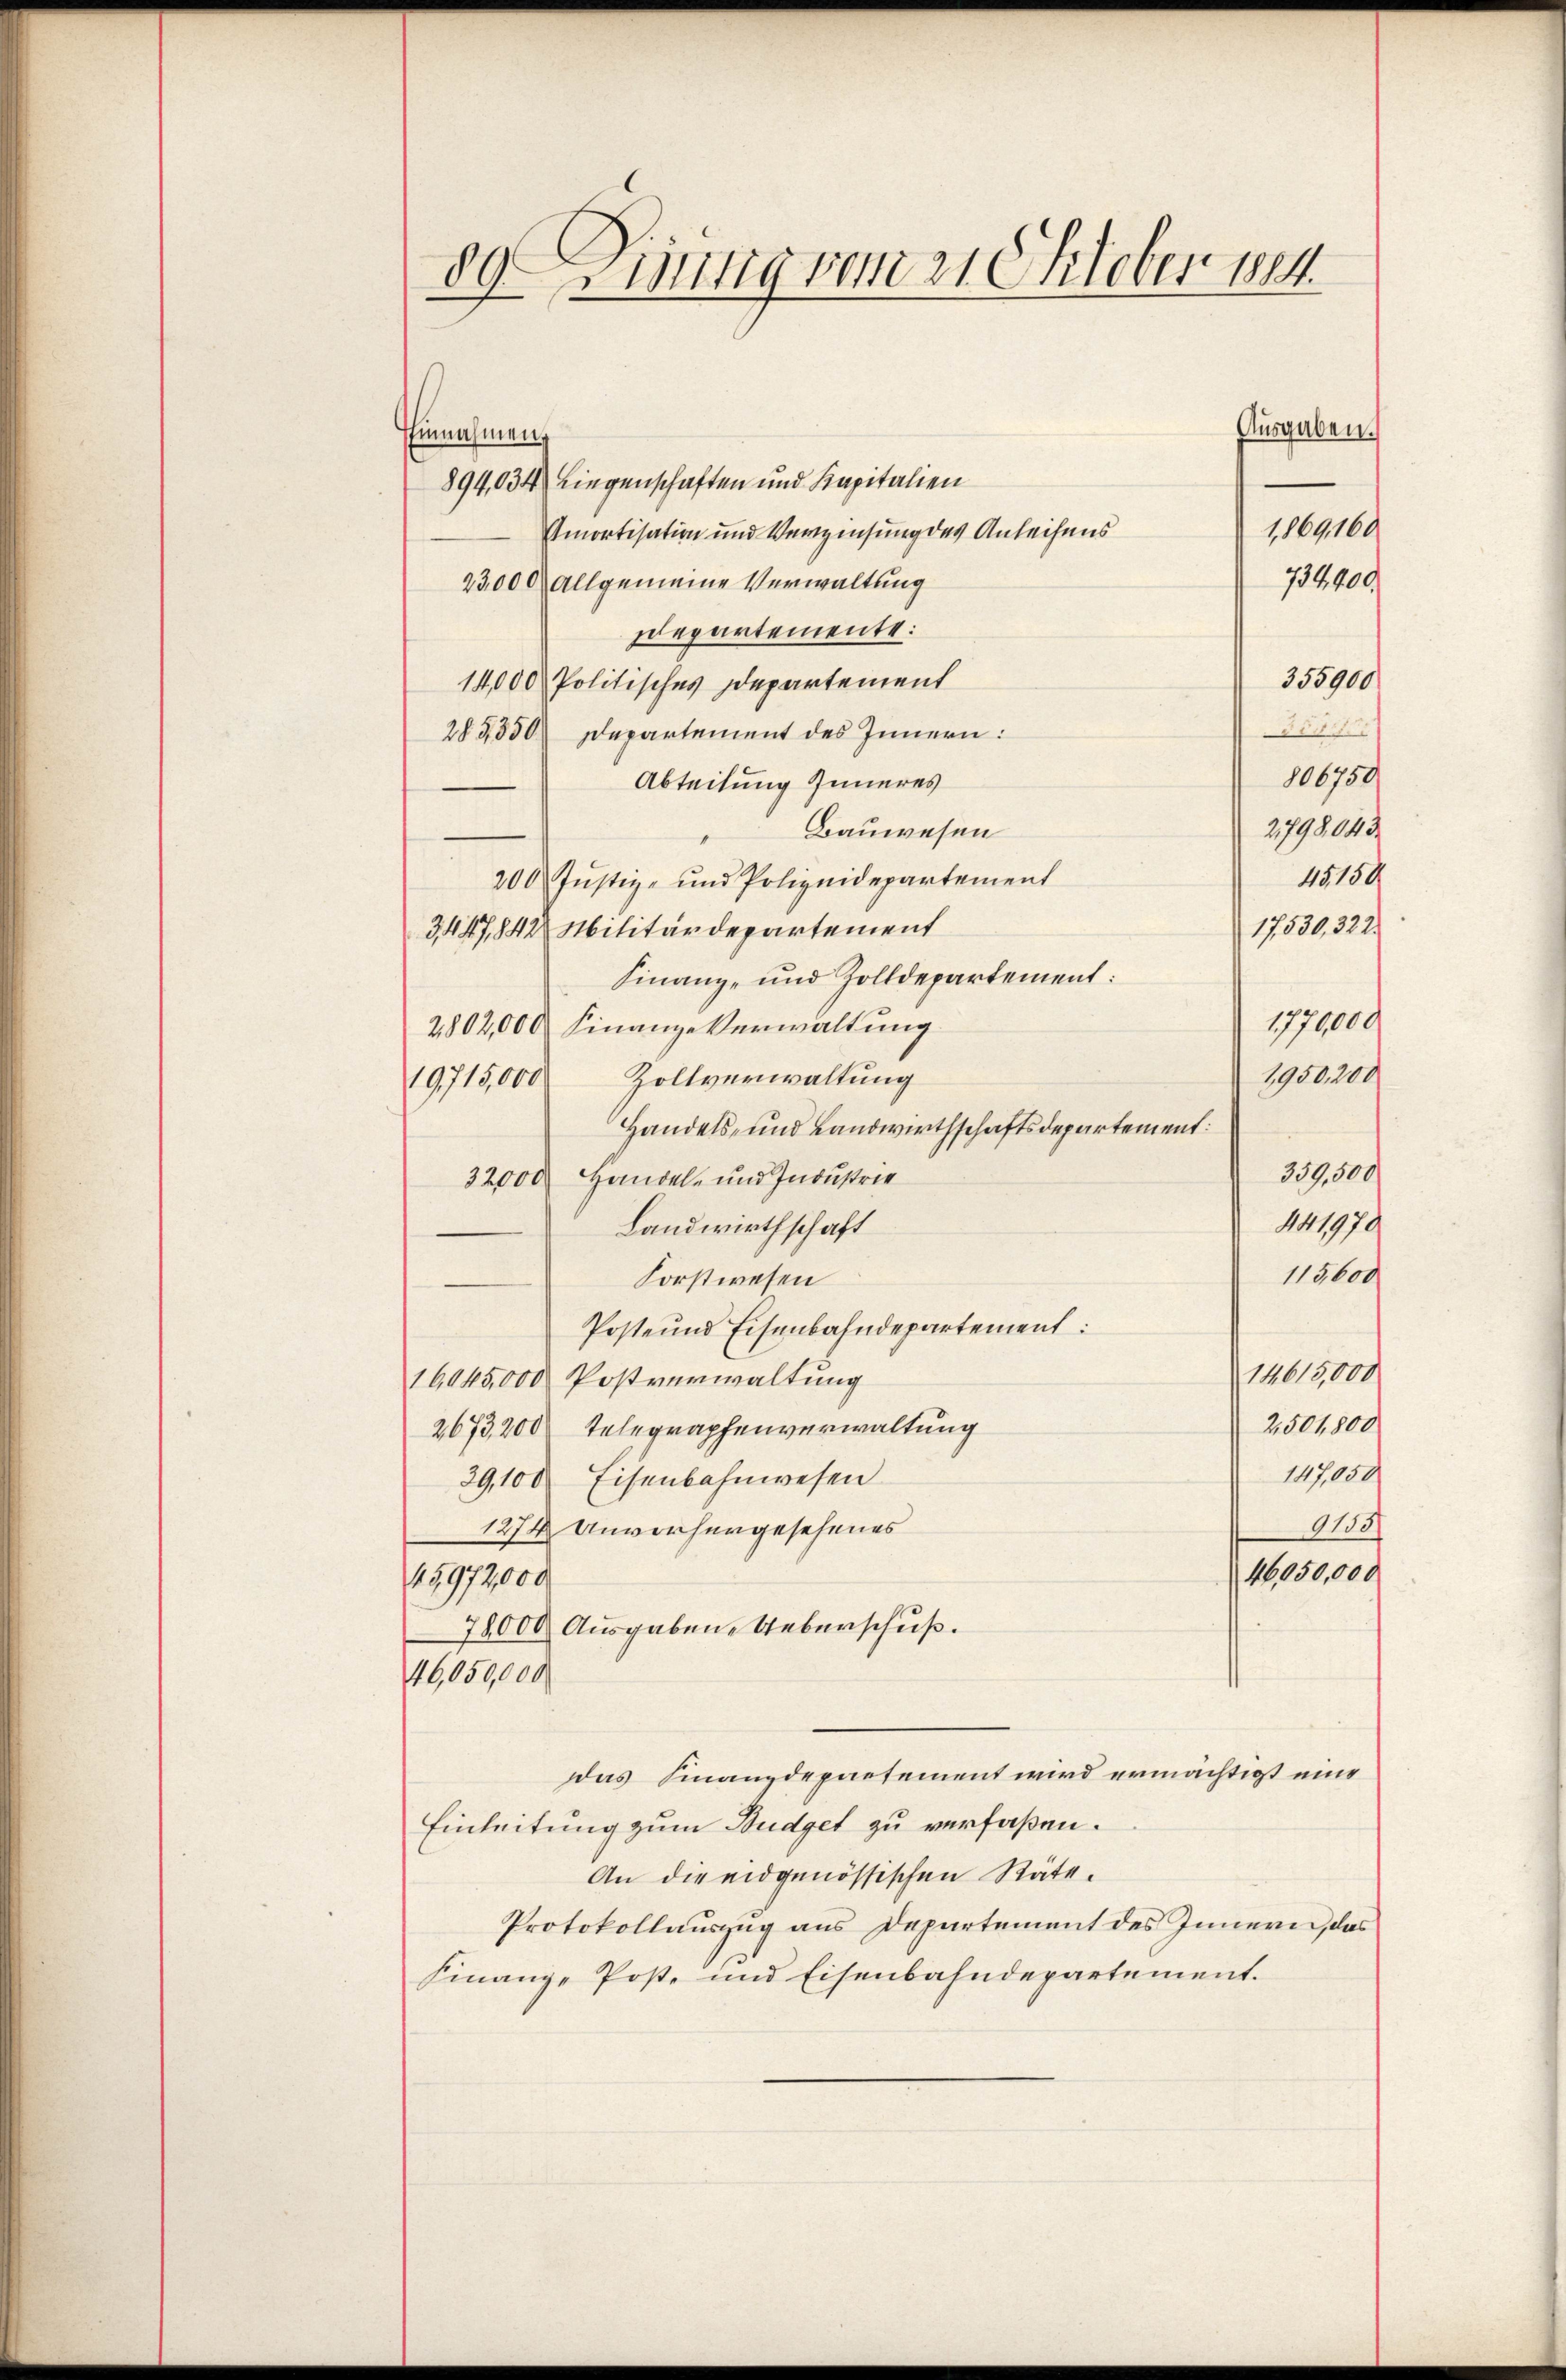
89 Ding vom 21. Oktober 184.

Ehinnahmen,
894,034. Liegenschaften und Kapitalien
Amortisation und Verzinsung des Anleihens
23,000 allgemeine Verwaltung
departemente:
355900
14,000 Politisches Departement
Freu
283850) Departement des Innern:
806750
Abteilung Inneres
2798,043
Bauwesen
15150
200 Justiz- und Polizeidepartement
17,530, 322.
3447,842 Militärdepartement
Finanz- und Zolldepartement:
1770000
2802,000 Finanze Verwaltung
1950,200
19715,000 Zollverwaltung
Handels- und Landwirthschaftsdepartement:
359,500
32000 Handel- und Industrie
441970
Landwirthschaft
118600
Forstwesen
Poste und Eisenbahndepartement:
14619,000
16045,000 Postverwaltung
2501,800
2673,200 Telegraphenverwaltung
147,050
39,100 Eisenbahnwesen
9155/
1274 Anvorhergesehenes
46050,000
15972,000
78000. Ausgaben Ueberschuß.
46,050,000
das Finanzdepartement wird ermächtigt eine
Einleitung zum Budget zu verfaßen.
An die eidgenössischen Räte.
Protokollauszug aus Departement des Innern, das
Finanz-Poste und Eisenbahndepartement.

1,869,160

Ausgaben.

734900.